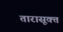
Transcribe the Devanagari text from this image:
तारासूक्त